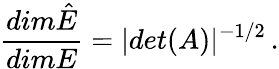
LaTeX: \frac{dim\hat{E}}{dimE}=|det(A)|^{-1/2}\, .